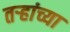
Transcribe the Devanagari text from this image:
तर्‍हांच्या